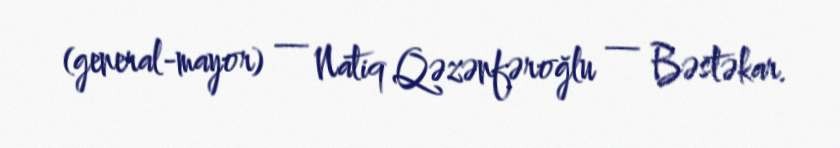
(general-mayor) — Natiq Qəzənfəroğlu — Bəstəkar.